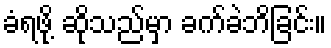
ခံရဖို့ ဆိုသည်မှာ ခက်ခဲဘိခြင်း။